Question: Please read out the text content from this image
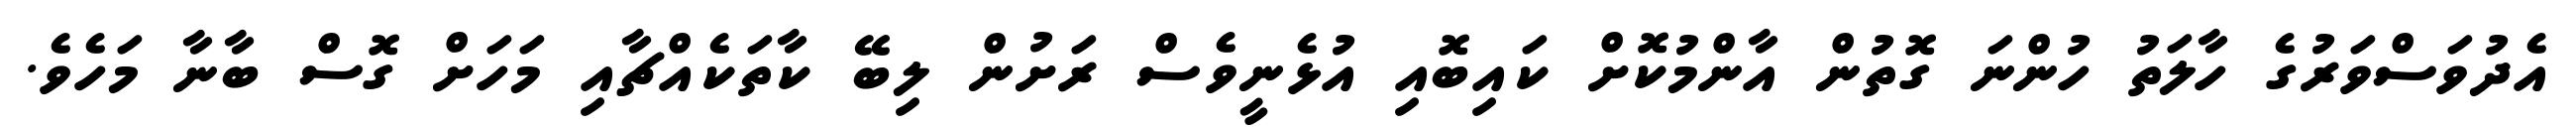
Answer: އެދުވަސްވަރުގެ ހާލަތު ހުންނަ ގޮތުން އާންމުކޮށް ކައިބޮއި އުޅެނީވެސް ރަށުން ލިބޭ ކާތަކެއްޗާއި މަހަށް ގޮސް ބާނާ މަހެވެ.